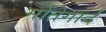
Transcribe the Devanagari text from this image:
मोंतेगार्द